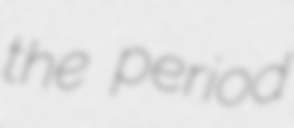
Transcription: the period